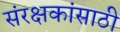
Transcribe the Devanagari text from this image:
संरक्षकांसाठी